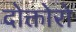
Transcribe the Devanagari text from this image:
दोक्तोरो